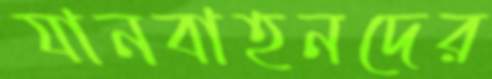
যানবাহনদের